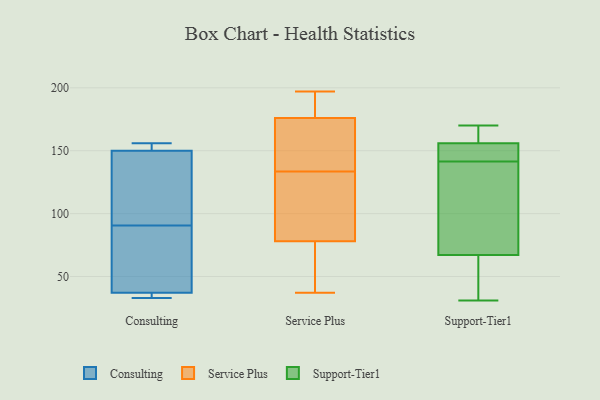
{"axis": {"x": "Demand Index", "y": "Value"}, "legend": ["Consulting", "Service Plus", "Support-Tier1"], "data": [{"x": "", "y": 156, "type": "Consulting"}, {"x": "", "y": 37, "type": "Consulting"}, {"x": "", "y": 53, "type": "Consulting"}, {"x": "", "y": 150, "type": "Consulting"}, {"x": "", "y": 156, "type": "Consulting"}, {"x": "", "y": 92, "type": "Consulting"}, {"x": "", "y": 33, "type": "Consulting"}, {"x": "", "y": 34, "type": "Consulting"}, {"x": "", "y": 100, "type": "Consulting"}, {"x": "", "y": 89, "type": "Consulting"}, {"x": "", "y": 105, "type": "Service Plus"}, {"x": "", "y": 197, "type": "Service Plus"}, {"x": "", "y": 93, "type": "Service Plus"}, {"x": "", "y": 44, "type": "Service Plus"}, {"x": "", "y": 64, "type": "Service Plus"}, {"x": "", "y": 148, "type": "Service Plus"}, {"x": "", "y": 185, "type": "Service Plus"}, {"x": "", "y": 50, "type": "Service Plus"}, {"x": "", "y": 37, "type": "Service Plus"}, {"x": "", "y": 176, "type": "Service Plus"}, {"x": "", "y": 145, "type": "Service Plus"}, {"x": "", "y": 78, "type": "Service Plus"}, {"x": "", "y": 193, "type": "Service Plus"}, {"x": "", "y": 167, "type": "Service Plus"}, {"x": "", "y": 102, "type": "Service Plus"}, {"x": "", "y": 134, "type": "Service Plus"}, {"x": "", "y": 187, "type": "Service Plus"}, {"x": "", "y": 133, "type": "Service Plus"}, {"x": "", "y": 148, "type": "Support-Tier1"}, {"x": "", "y": 144, "type": "Support-Tier1"}, {"x": "", "y": 170, "type": "Support-Tier1"}, {"x": "", "y": 169, "type": "Support-Tier1"}, {"x": "", "y": 31, "type": "Support-Tier1"}, {"x": "", "y": 158, "type": "Support-Tier1"}, {"x": "", "y": 50, "type": "Support-Tier1"}, {"x": "", "y": 139, "type": "Support-Tier1"}, {"x": "", "y": 154, "type": "Support-Tier1"}, {"x": "", "y": 84, "type": "Support-Tier1"}, {"x": "", "y": 129, "type": "Support-Tier1"}, {"x": "", "y": 36, "type": "Support-Tier1"}]}